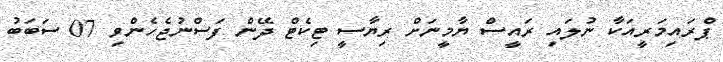
ޕްރައިމަރީއަކާ ނުލައި ރައީސް ޔާމީނަށް ރިޔާސީ ޓިކެޓް ދޭން ފަސްނުޖެހެންވި 07 ސަބަބު